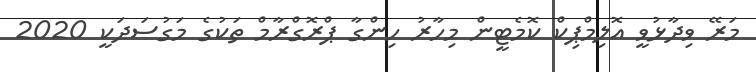
މަރޭ ވިދާޅުވީ އޮލިމްޕިކް ކޮމެޓީން މިހާރު ހިންގާ ޕްރޮގްރާމް ތަކުގެ މަގުސަދަކީ 2020